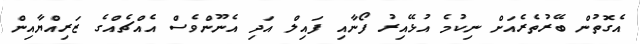
އެގޮތުން ބޭރުތެރެއަށް ނިކުމެ އުޅޭއިރު ފޯނާއި ފައިލް އަދި އެނޫންވެސް އެއްޗެއްގެ ޒަރިއްޔާއިން